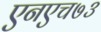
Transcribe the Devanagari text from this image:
एनएच७३